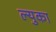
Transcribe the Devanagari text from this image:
ल्युका